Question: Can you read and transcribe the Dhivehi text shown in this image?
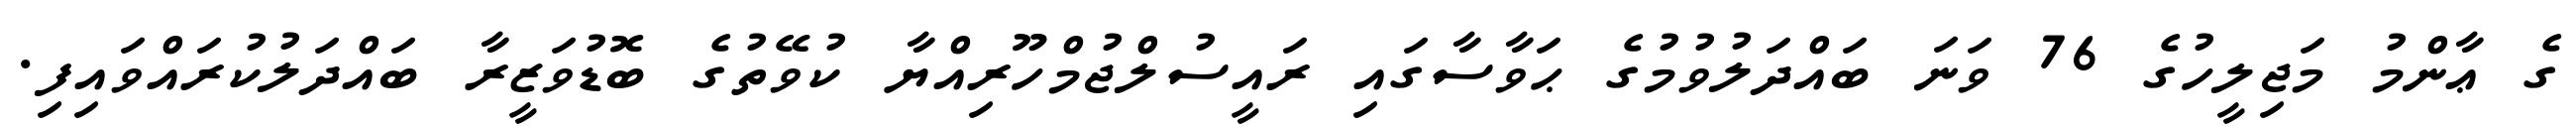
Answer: ގެ ޢާންމު މަޖިލީހުގެ 76 ވަނަ ބައްދަލުވުމުގެ ޙަވާސާގައި ރައީސުލްޖުމްހޫރިއްޔާ ކުވޭތުގެ ބޮޑުވަޒީރާ ބައްދަލުކުރައްވައިފި.